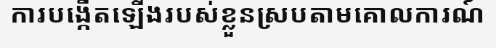
ការបង្កើតឡើងរបស់ខ្លួនស្របតាមគោលការណ៍